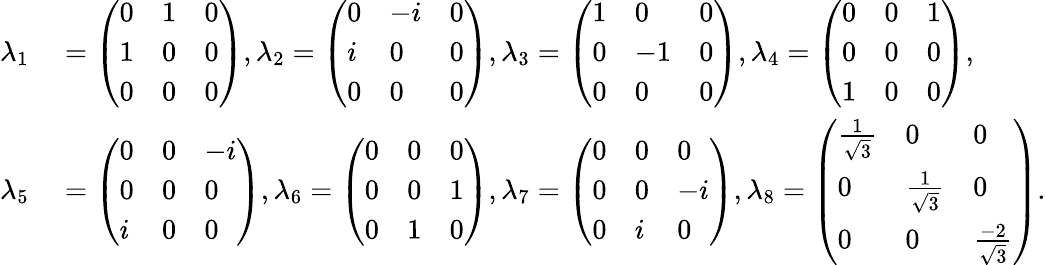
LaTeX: \begin{array}{rl}{\lambda_{1}}&{{}=\left(\begin{array}{lll}{0}&{1}&{0}\\ {1}&{0}&{0}\\ {0}&{0}&{0}\end{array}\right),\lambda_{2}=\left(\begin{array}{lll}{0}&{-i}&{0}\\ {i}&{0}&{0}\\ {0}&{0}&{0}\end{array}\right),\lambda_{3}=\left(\begin{array}{lll}{1}&{0}&{0}\\ {0}&{-1}&{0}\\ {0}&{0}&{0}\end{array}\right),\lambda_{4}=\left(\begin{array}{lll}{0}&{0}&{1}\\ {0}&{0}&{0}\\ {1}&{0}&{0}\end{array}\right),}\\ {\lambda_{5}}&{{}=\left(\begin{array}{lll}{0}&{0}&{-i}\\ {0}&{0}&{0}\\ {i}&{0}&{0}\end{array}\right),\lambda_{6}=\left(\begin{array}{lll}{0}&{0}&{0}\\ {0}&{0}&{1}\\ {0}&{1}&{0}\end{array}\right),\lambda_{7}=\left(\begin{array}{lll}{0}&{0}&{0}\\ {0}&{0}&{-i}\\ {0}&{i}&{0}\end{array}\right),\lambda_{8}=\left(\begin{array}{lll}{\frac{1}{\sqrt{3}}}&{0}&{0}\\ {0}&{\frac{1}{\sqrt{3}}}&{0}\\ {0}&{0}&{\frac{-2}{\sqrt{3}}}\end{array}\right).}\end{array}